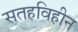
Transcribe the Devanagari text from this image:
सतहविहीन